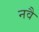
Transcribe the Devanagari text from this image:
नवै